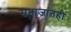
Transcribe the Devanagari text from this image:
समाजांतही